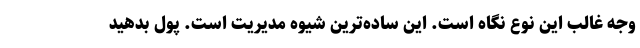
وجه غالب این نوع نگاه است. این ساده‌ترین شیوه مدیریت است. پول بدهید